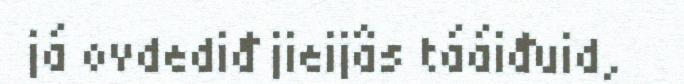
já ovdediđ jieijâs tááiđuid,